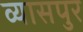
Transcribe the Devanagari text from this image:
व्‍यासपुर